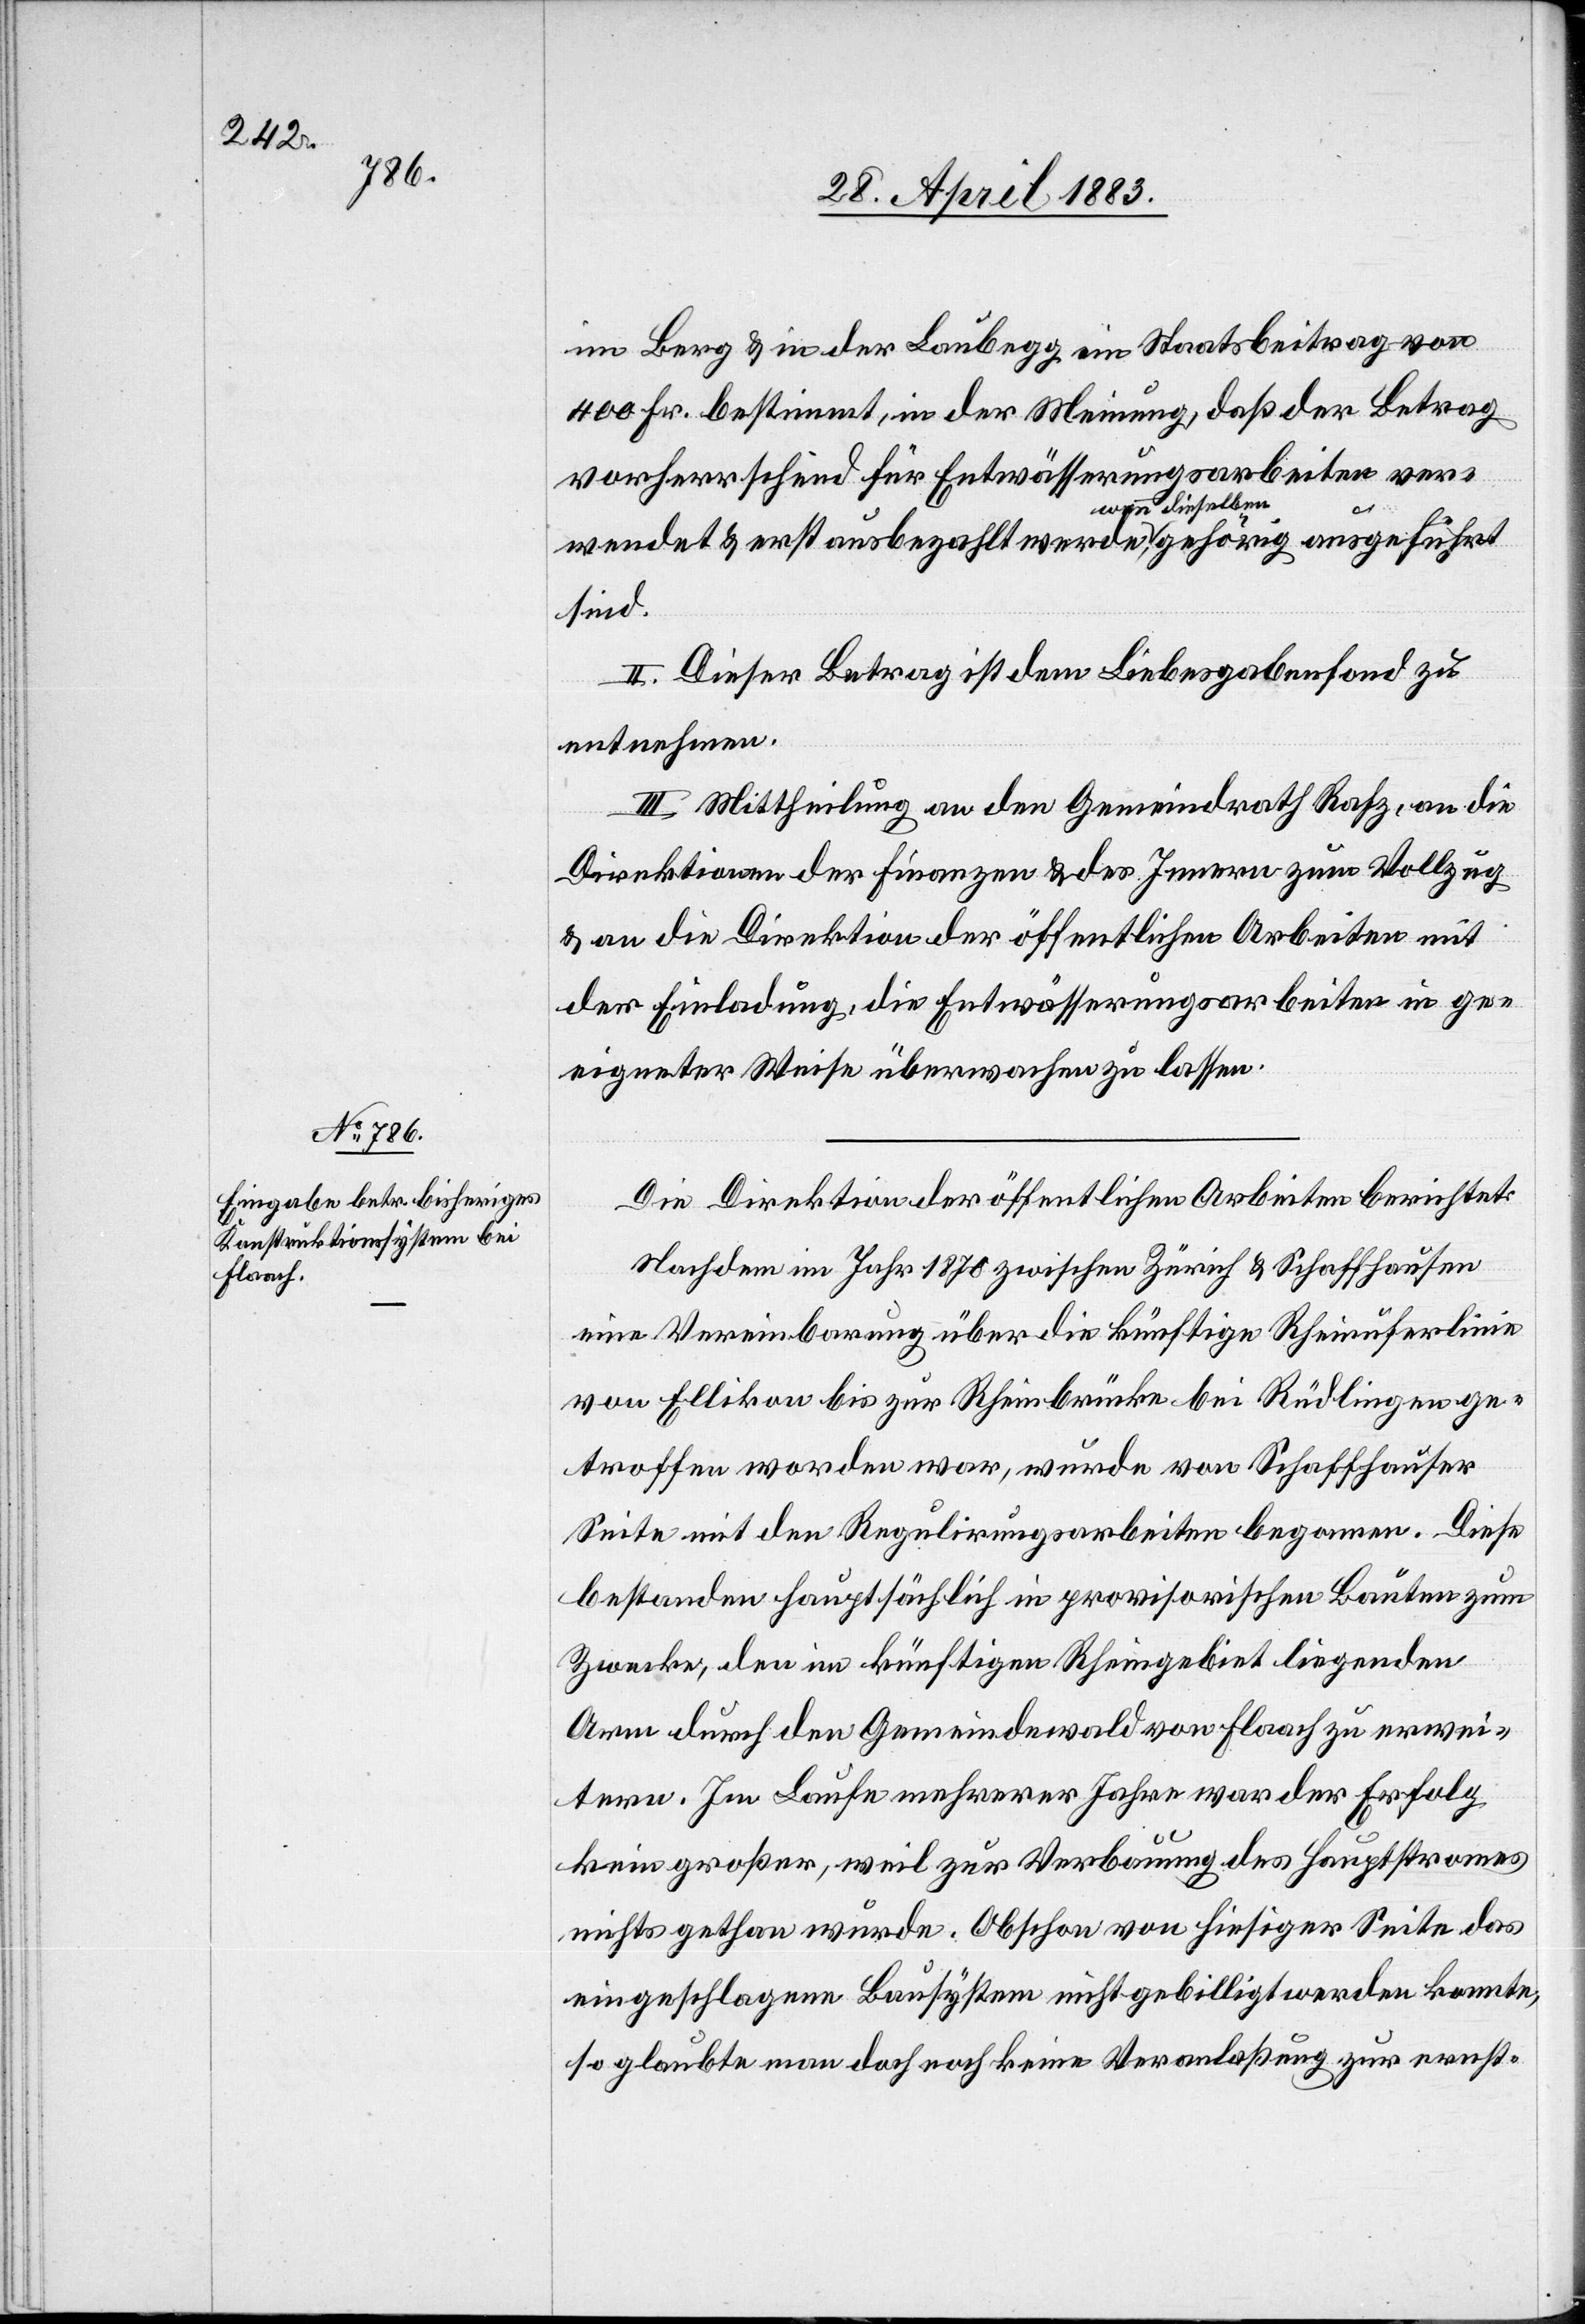
im Berg & in der Laubegg ein Staatsbeitrag von
400 Fr. bestimmt, in der Meinung, daß der Betrag
vorherrschend für Entwässerungsarbeiten ver¬
wendet & erst ausbezahlt werde, wenn dieselben gehörig ausgeführt
sind.
II. Dieser Betrag ist dem Liebesgabenfond zu
entnehmen.
III. Mittheilung an den Gemeindrath Rafz, an die
Direktionen der Finanzen & des Innern zum Vollzug
& an die Direktion der öffentlichen Arbeiten mit
der Einladung, die Entwässerungsarbeiten in ge¬
eigneter Weise überwachen zu lassen.
Die Direktion der öffentlichen Arbeiten berichtet:
Nachdem im Jahr 1870 zwischen Zürich & Schaffhausen
eine Vereinbarung über die künftige Rheinuferlinie
von Ellikon bis zur Rheinbrücke bei Rüdlingen ge¬
troffen worden war, wurde von Schaffhauser
Seite mit den Regulirungsarbeiten begonnen. Diese
bestanden hauptsächlich in provisorischen Bauten zum
Zwecke, den im künftigen Rheingebiet liegenden
Arm durch den Gemeindewald von Flaach zu erwei¬
tern. Im Laufe mehrerer Jahre war der Erfolg
kein großer, weil zur Verbauung des Hauptstromes
nichts gethan wurde. Obschon von hiesiger Seite das
eingeschlagene Bausystem nicht gebilligt werden konnte,
so glaubte man doch noch keine Veranlaßung zur ernst-